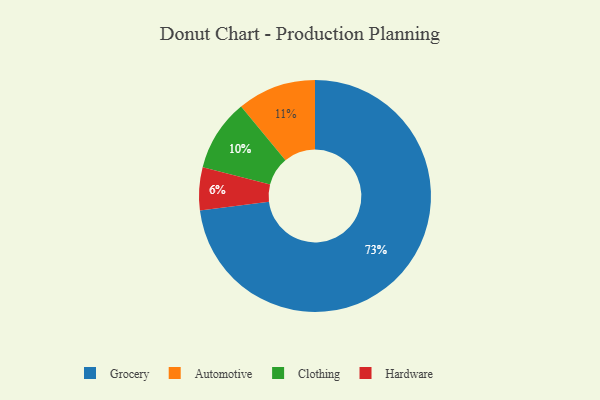
{"axis": {"x": "Category", "y": "Percentage"}, "legend": ["Automotive", "Clothing", "Grocery", "Hardware"], "data": [{"x": "Automotive", "y": 11, "type": "Automotive"}, {"x": "Clothing", "y": 10, "type": "Clothing"}, {"x": "Grocery", "y": 73, "type": "Grocery"}, {"x": "Hardware", "y": 6, "type": "Hardware"}]}